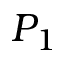
P _ { 1 }